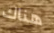
هناك